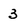
Character: 3